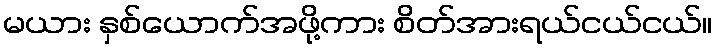
မယား နှစ်ယောက်အဖို့ကား စိတ်အားရယ်ငယ်ငယ်။